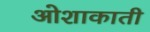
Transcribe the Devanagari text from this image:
ओशाकाती